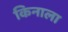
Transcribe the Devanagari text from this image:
किनाला